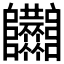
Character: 𨽴